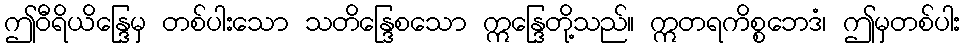
ဤဝီရိယိန္ဒြေမှ တစ်ပါးသော သတိန္ဒြေစသော ဣန္ဒြေတို့သည်။ ဣတရကိစ္စဘေဒံ၊ ဤမှတစ်ပါး